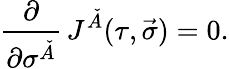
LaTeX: \frac{\partial}{\partial\sigma^{\check{A}}}\, J^{\check{A}}(\tau,\vec{\sigma})=0.